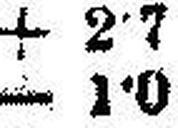
— 1•0